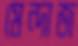
মেন্দাজ